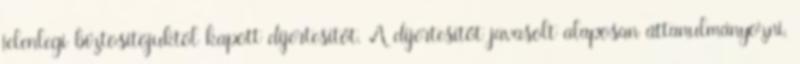
jelenlegi biztosítójuktól kapott díjértesítőt. A díjértesítőt javasolt alaposan áttanulmányozni,